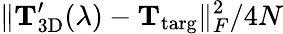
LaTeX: \lVert\mathbf{T}_{\mathrm{3D}}^{\prime}(\lambda)-\mathbf{T}_{\mathrm{targ}}\rVert_{F}^{2}/4N